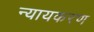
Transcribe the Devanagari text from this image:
न्यायकरण